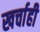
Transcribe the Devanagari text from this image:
खर्चाही